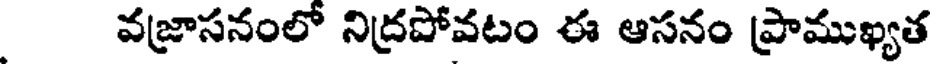
వజ్రాసనంలో నిద్రపోవటం ఈ ఆసనం ప్రాముఖ్యత